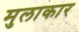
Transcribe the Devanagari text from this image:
मुलाकार